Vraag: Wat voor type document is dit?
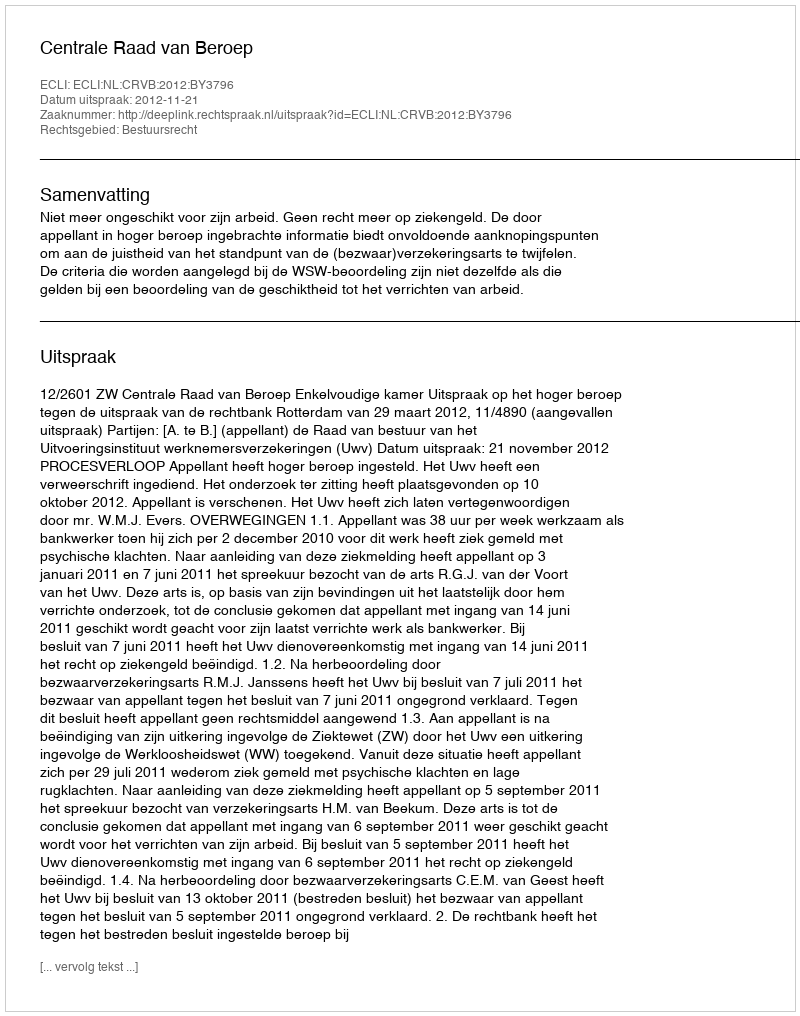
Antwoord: Uitspraak